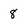
Character: 8